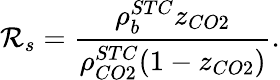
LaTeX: \mathcal{R}_{s}=\frac{{\rho_{b}^{STC}z_{CO2}}}{{\rho_{CO2}^{STC}(1-z_{CO2})}}.